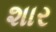
શાર